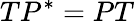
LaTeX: TP^{\ast}=PT